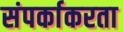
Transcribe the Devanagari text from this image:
संपर्काकरता